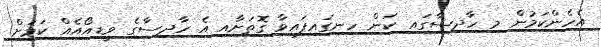
އެހެންކަމުން މި ހާދިސާގައި ކަން ހިނގައިފައިވާ ގޮތަށާއި އެ ހާދިސާގެ ވީޑިއޯއެއް ކަމަށް